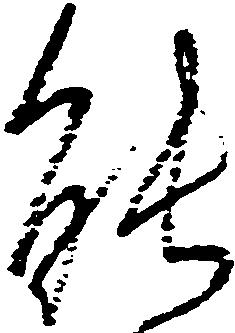
能